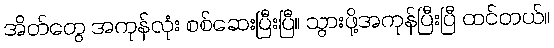
အိတ်တွေ အကုန်လုံး စစ်ဆေးပြီးပြီ။ သွားဖို့အကုန်ပြီးပြီ ထင်တယ်။